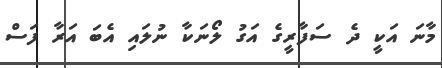
މާނަ އަކީ ދެ ސަފާރީގެ އަގު ލޯނަކާ ނުލައި އެބަ އަރާ ފަސް